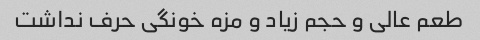
طعم عالی و حجم زیاد و مزه خونگی حرف نداشت